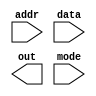
module pattern_table(addr, data, out, mode);
	input wire[10:0] addr;
	input wire[1:0] data;
	input wire mode;
	output reg[1:0] out;
	
endmodule